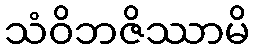
သံဝိဘဇိဿာမိ